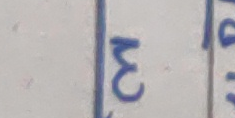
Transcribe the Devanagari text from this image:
३